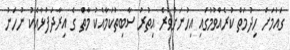
ގައުމަށް ހިދުމަތް ކުރެއްވުމުގައި އިހުނަށްވުރެ އިތުރު ސާބިތުކަމާއެކު މާތްަ ގެ އިރާދަފުޅާއެކު ނުހަނު